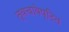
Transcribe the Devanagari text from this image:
त्वचावेष्टित